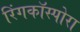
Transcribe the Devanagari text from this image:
रिंगकॉस्पोरा